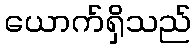
ယောက်ရှိသည်